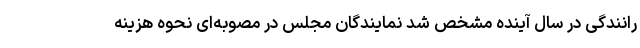
رانندگی در سال آینده مشخص شد نمایندگان مجلس در مصوبه‌ای نحوه هزینه